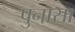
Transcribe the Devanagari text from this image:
पुनासा